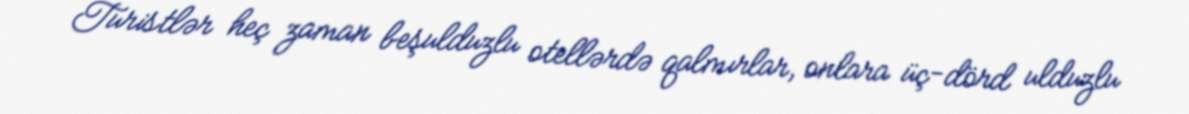
Turistlər heç zaman beşulduzlu otellərdə qalmırlar, onlara üç-dörd ulduzlu